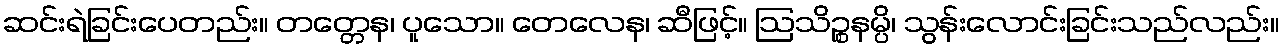
ဆင်းရဲခြင်းပေတည်း။ တတ္တေန၊ ပူသော။ တေလေန၊ ဆီဖြင့်။ ဩသိဉ္စနမ္ပိ၊ သွန်းလောင်းခြင်းသည်လည်း။